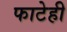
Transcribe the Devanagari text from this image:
फाटेही